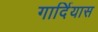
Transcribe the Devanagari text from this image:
गार्दियास